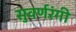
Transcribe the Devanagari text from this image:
सुवर्णरंगी